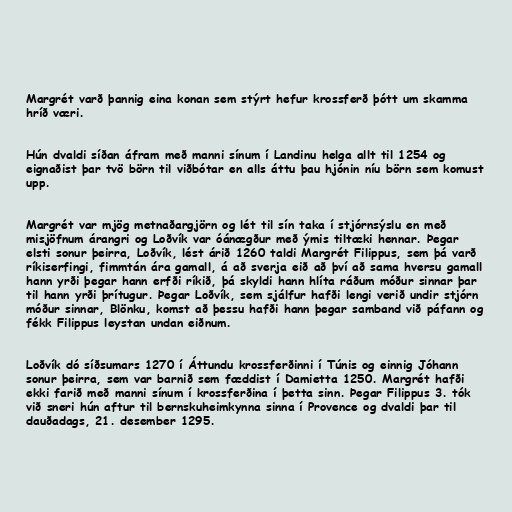
Margrét varð þannig eina konan sem stýrt hefur krossferð þótt um skamma
hríð væri.

Hún dvaldi síðan áfram með manni sínum í Landinu helga allt til 1254 og
eignaðist þar tvö börn til viðbótar en alls áttu þau hjónin níu börn sem komust
upp.

Margrét var mjög metnaðargjörn og lét til sín taka í stjórnsýslu en með
misjöfnum árangri og Loðvík var óánægður með ýmis tiltæki hennar. Þegar
elsti sonur þeirra, Loðvík, lést árið 1260 taldi Margrét Filippus, sem þá varð
ríkiserfingi, fimmtán ára gamall, á að sverja eið að því að sama hversu gamall
hann yrði þegar hann erfði ríkið, þá skyldi hann hlíta ráðum móður sinnar þar
til hann yrði þrítugur. Þegar Loðvík, sem sjálfur hafði lengi verið undir stjórn
móður sinnar, Blönku, komst að þessu hafði hann þegar samband við páfann og
fékk Filippus leystan undan eiðnum.

Loðvík dó síðsumars 1270 í Áttundu krossferðinni í Túnis og einnig Jóhann
sonur þeirra, sem var barnið sem fæddist í Damietta 1250. Margrét hafði
ekki farið með manni sínum í krossferðina í þetta sinn. Þegar Filippus 3. tók
við sneri hún aftur til bernskuheimkynna sinna í Provence og dvaldi þar til
dauðadags, 21. desember 1295.